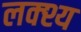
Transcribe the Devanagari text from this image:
लक्श्य